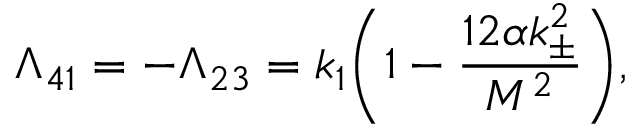
\Lambda _ { 4 1 } = - \Lambda _ { 2 3 } = k _ { 1 } \bigg ( 1 - \frac { 1 2 \alpha k _ { \pm } ^ { 2 } } { M ^ { 2 } } \bigg ) ,